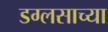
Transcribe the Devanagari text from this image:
डग्लसाच्या